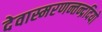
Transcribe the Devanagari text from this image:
देवास्मरणन्तन्द्रदियो